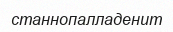
станнопалладенит